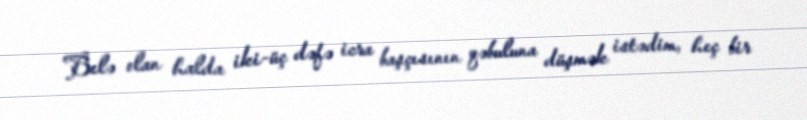
Belə olan halda iki-üç dəfə icra başçısının qəbuluna düşmək istədim, heç bir